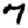
Digit: 7